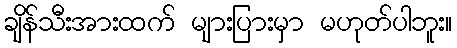
ချိန်သီးအားထက် များပြားမှာ မဟုတ်ပါဘူး။